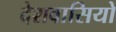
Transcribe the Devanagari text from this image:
देशवासियो